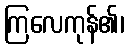
ကြလေကုန်၏၊